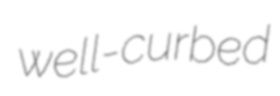
well-curbed